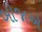
બોજાએ